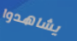
يشاهدوا